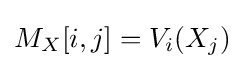
M_{X}[i,j]=V_{i}(X_{j})